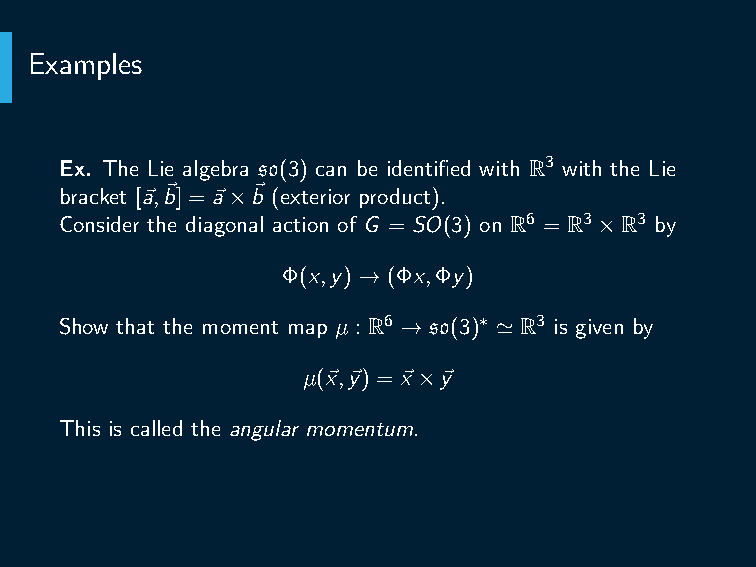
Examples
 Ex. The Lie algebra so(3) can be identified with R3 with the Lie
 bracket [⃗a,⃗b] = ⃗a×⃗b (exterior product).
 Consider the diagonal action of G = SO(3) on R6 = R3×R3 by
 Φ(x,y) → (Φx,Φy)
 Show that the moment map µ : R6 → so(3)∗ ≃ R3 is given by
 µ(⃗x,⃗y) =⃗x ×⃗y
 This is called the angular momentum.